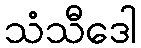
သံသီဒေါ